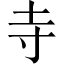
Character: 寺